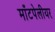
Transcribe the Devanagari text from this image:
माँटपेलीयर